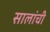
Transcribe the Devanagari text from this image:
सालांची